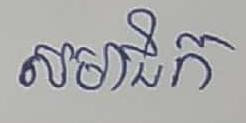
សមាជិក